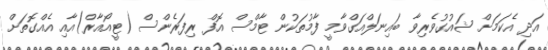
އަދި އެކަމަށް ޝައުގުވެރިވާ ބައިނަލްއަގްވާމީ ފާމުތަކުން ޓާމްސް އޮފް ރިފަރެންސް (ޓީއޯއާރް)އާއި އެއްގޮތަށް